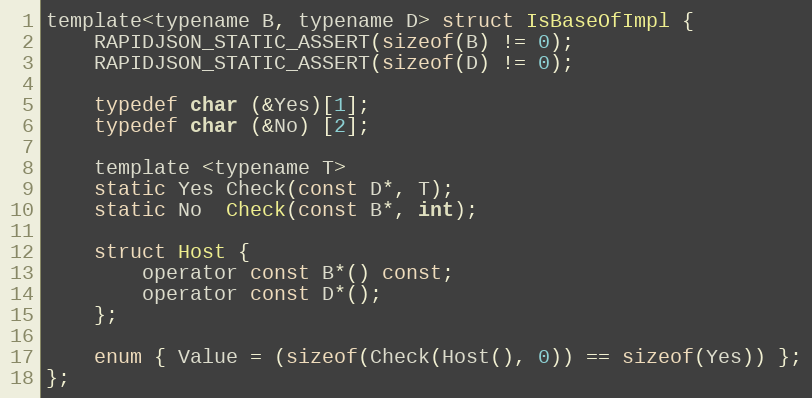
Language: C
template<typename B, typename D> struct IsBaseOfImpl {
    RAPIDJSON_STATIC_ASSERT(sizeof(B) != 0);
    RAPIDJSON_STATIC_ASSERT(sizeof(D) != 0);

    typedef char (&Yes)[1];
    typedef char (&No) [2];

    template <typename T>
    static Yes Check(const D*, T);
    static No  Check(const B*, int);

    struct Host {
        operator const B*() const;
        operator const D*();
    };

    enum { Value = (sizeof(Check(Host(), 0)) == sizeof(Yes)) };
};